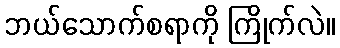
ဘယ်သောက်စရာကို ကြိုက်လဲ။